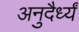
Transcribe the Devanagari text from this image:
अनुदैर्ध्यं